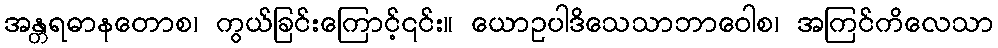
အန္တရဓာနတောစ၊ ကွယ်ခြင်းကြောင့်၎င်း။ ယောဥပါဒိသေသာဘာဝေါစ၊ အကြင်ကိလေသာ